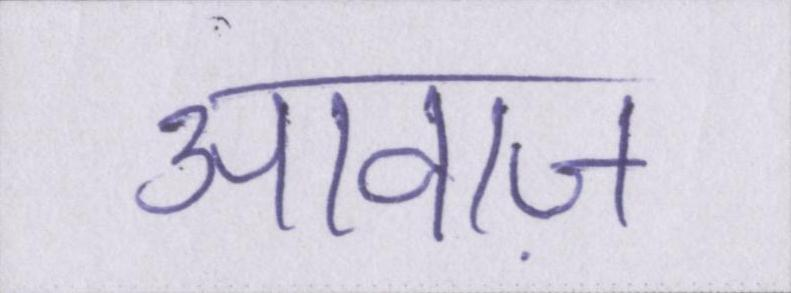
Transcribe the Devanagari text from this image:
आवाज़